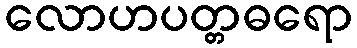
လောဟပတ္တဓရော